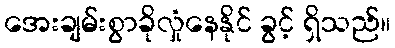
အေးချမ်းစွာခိုလှုံနေနိုင် ခွင့် ရှိသည်။